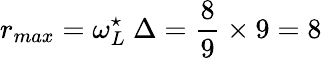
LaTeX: r_{max}=\omega_{L}^{\star}~\Delta=\frac{8}{9}\times 9=8